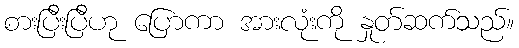
စားပြီးပြီဟု ပြောကာ အားလုံးကို နှုတ်ဆက်သည်။